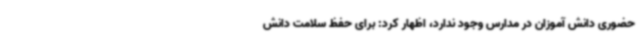
حضوری دانش آموزان در مدارس وجود ندارد، اظهار کرد: برای حفظ سلامت دانش